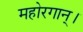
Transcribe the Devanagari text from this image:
महोरगान्।